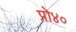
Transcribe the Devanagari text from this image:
प्रो४०